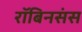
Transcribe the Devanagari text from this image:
रॉबिनसंस